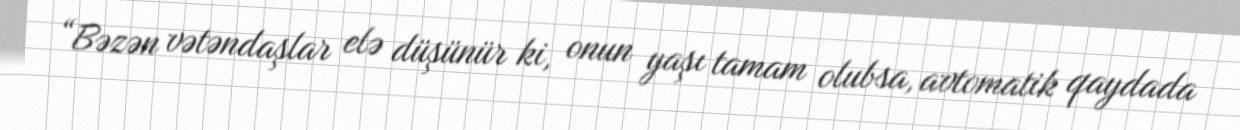
“Bəzən vətəndaşlar elə düşünür ki, onun yaşı tamam olubsa, avtomatik qaydada